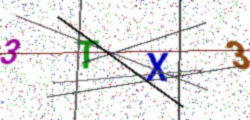
Text: 3TX3